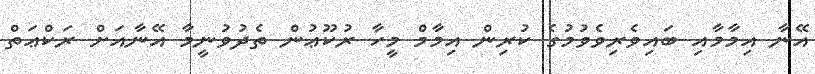
އޭނާ އިމާމާއި ބައިވެރިވެވުމުގެ ކުރިން އިމާމް މީހާ ރުކޫޢުން ތެދުވުނީމާ އޭނާއަށް ރަކްޢަތް